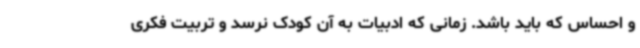
و احساس که باید باشد. زمانی که ادبیات به آن کودک نرسد و تربیت فکری